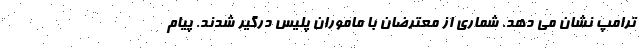
ترامپ نشان می دهد. شماری از معترضان با ماموران پلیس درگیر شدند. پیام